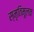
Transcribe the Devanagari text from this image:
स्मृतिमूलक